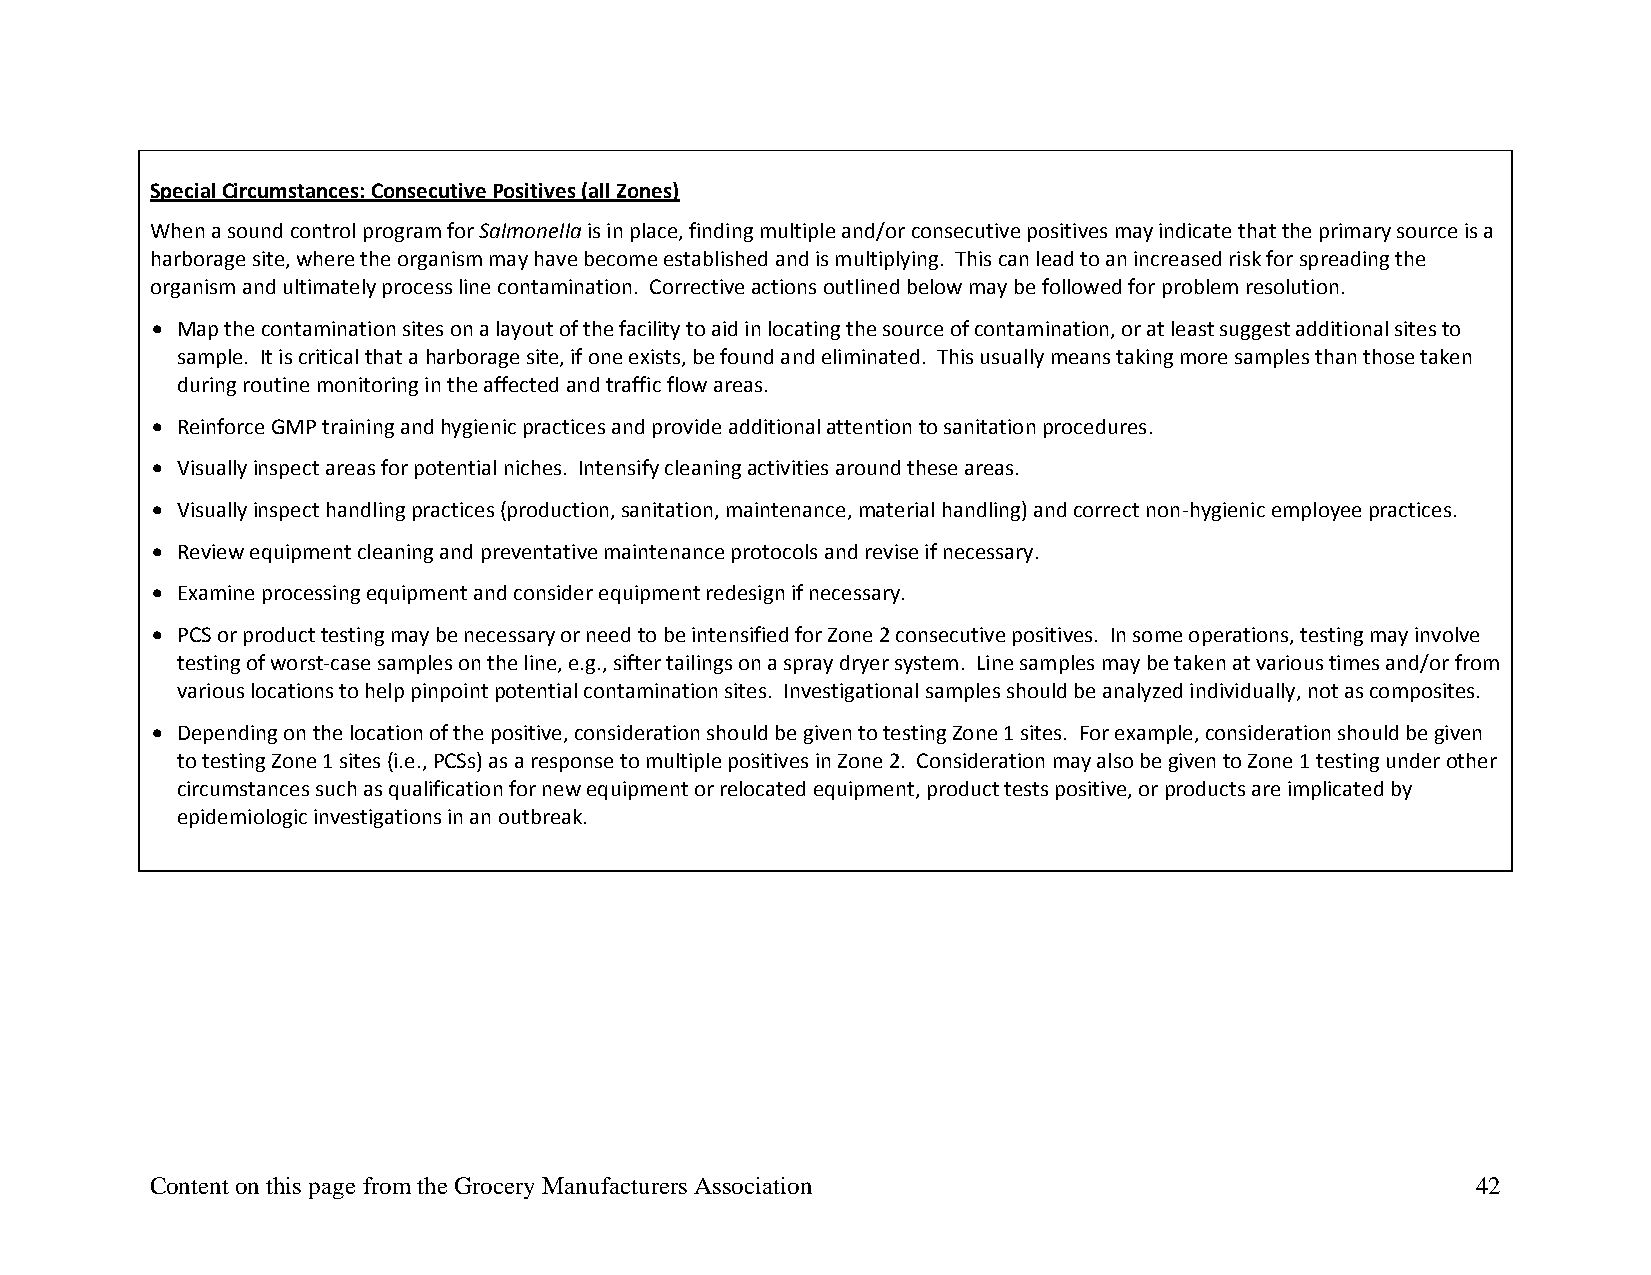
Special Circumstances: Consecutive Positives (all Zones)
 When a sound control program for Salmonella is in place, finding multiple and/or consecutive positives may indicate that the primary source is a
 harborage site, where the organism may have become established and is multiplying. This can lead to an increased risk for spreading the
 organism and ultimately process line contamination. Corrective actions outlined below may be followed for problem resolution.
 • Map the contamination sites on a layout of the facility to aid in locating the source of contamination, or at least suggest additional sites to
 sample. It is critical that a harborage site, if one exists, be found and eliminated. This usually means taking more samples than those taken
 during routine monitoring in the affected and traffic flow areas.
 • Reinforce GMP training and hygienic practices and provide additional attention to sanitation procedures.
 • Visually inspect areas for potential niches. Intensify cleaning activities around these areas.
 • Visually inspect handling practices (production, sanitation, maintenance, material handling) and correct non‐hygienic employee practices.
 • Review equipment cleaning and preventative maintenance protocols and revise if necessary.
 • Examine processing equipment and consider equipment redesign if necessary.
 • PCS or product testing may be necessary or need to be intensified for Zone 2 consecutive positives. In some operations, testing may involve
 testing of worst‐case samples on the line, e.g., sifter tailings on a spray dryer system. Line samples may be taken at various times and/or from
 various locations to help pinpoint potential contamination sites. Investigational samples should be analyzed individually, not as composites.
 • Depending on the location of the positive, consideration should be given to testing Zone 1 sites. For example, consideration should be given
 to testing Zone 1 sites (i.e., PCSs) as a response to multiple positives in Zone 2. Consideration may also be given to Zone 1 testing under other
 circumstances such as qualification for new equipment or relocated equipment, product tests positive, or products are implicated by
 epidemiologic investigations in an outbreak.
 Content on this page from the Grocery Manufacturers Association                         42